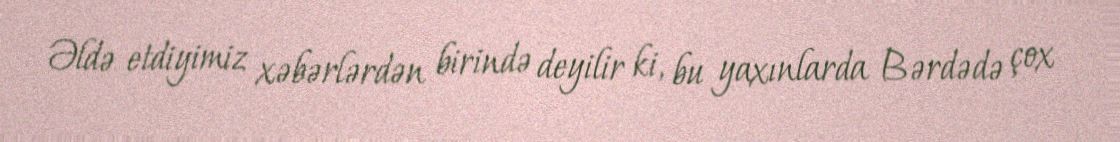
Əldə etdiyimiz xəbərlərdən birində deyilir ki, bu yaxınlarda Bərdədə çox